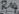
Text: R14